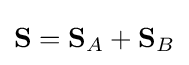
\mathbf {S} =\mathbf {S} _{A}+\mathbf {S} _{B}